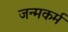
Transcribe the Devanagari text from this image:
जन्मकर्म